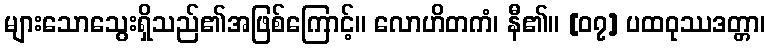
များသောသွေးရှိသည်၏အဖြစ်ကြောင့်။ လောဟိတကံ၊ နီ၏။ [၀၇] ပထဝုဿဒတ္တာ၊